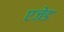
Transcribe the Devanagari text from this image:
एज़ेड